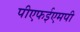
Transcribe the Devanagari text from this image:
पीएफईएमपी